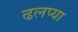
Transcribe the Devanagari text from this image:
ढलप्या